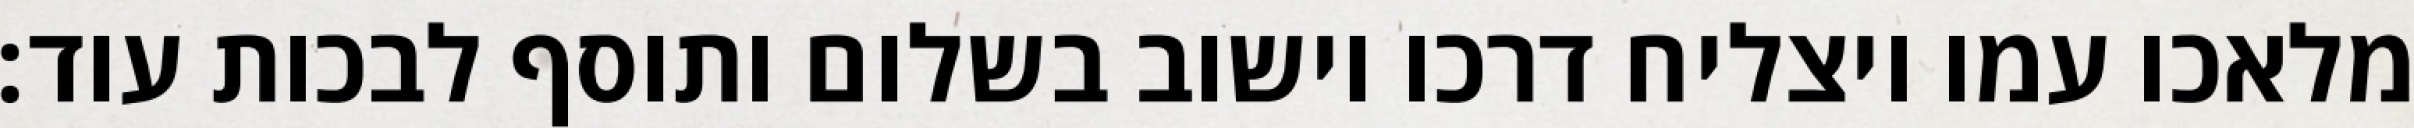
מלאכו עמו ויצליח דרכו וישוב בשלום ותוסף לבכות עוד: